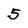
Character: 5